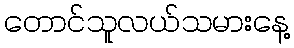
တောင်သူလယ်သမားနေ့